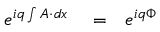
\begin{array} { r l r } { e ^ { i q \int A \cdot d x } } & { { } = } & { e ^ { i q \Phi } } \end{array}